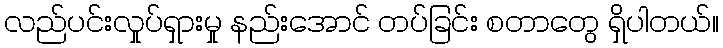
လည်ပင်းလှုပ်ရှားမှု နည်းအောင် တပ်ခြင်း စတာတွေ ရှိပါတယ်။